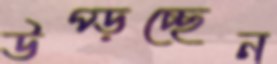
উপ্‌ড়চ্ছেন